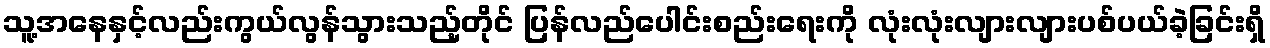
သူ့အနေနှင့်လည်းကွယ်လွန်သွားသည့်တိုင် ပြန်လည်ပေါင်းစည်းရေးကို လုံးလုံးလျားလျားပစ်ပယ်ခဲ့ခြင်းရှိ